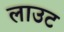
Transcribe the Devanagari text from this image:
लाउट